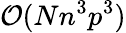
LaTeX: \mathcal{O}(Nn^{3}p^{3})